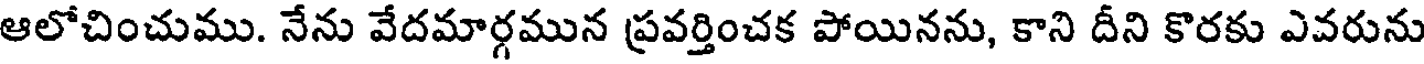
ఆలోచించుము. నేను వేదమార్గమున ప్రవర్తించక పోయినను, కాని దీని కొరకు ఎవరును